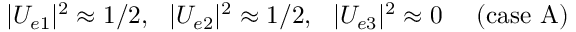
| U _ { e 1 } | ^ { 2 } \approx 1 / 2 , \ \ | U _ { e 2 } | ^ { 2 } \approx 1 / 2 , \ \ | U _ { e 3 } | ^ { 2 } \approx 0 \ \ \ \ ( \mathrm { c a s e \ A } )